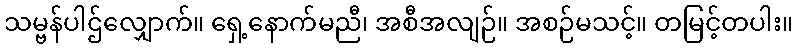
သမ္ဗန်ပါဌ်လျှောက်။ ရှေ့နောက်မညီ၊ အစီအလျဉ်။ အစဉ်မသင့်။ တမြင့်တပါး။